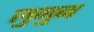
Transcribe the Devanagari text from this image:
लुगुन